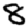
Digit: 8